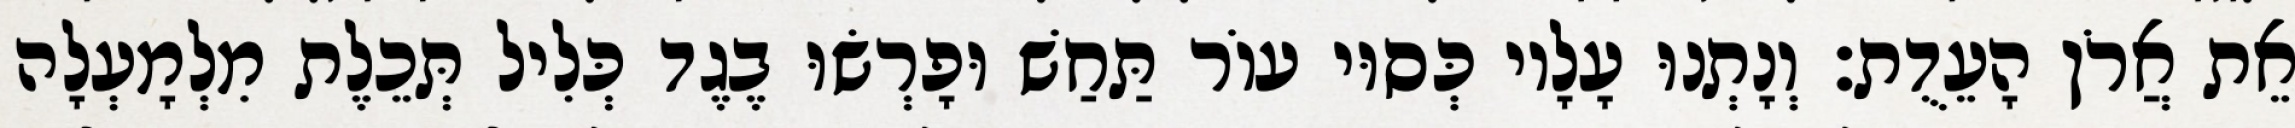
אֵת אֲרֹן הָעֵדֻת׃ וְנָתְנוּ עָלָיו כְּסוּי עוֹר תַּחַשׁ וּפָרְשׂוּ בֶגֶד כְּלִיל תְּכֵלֶת מִלְמָעְלָה